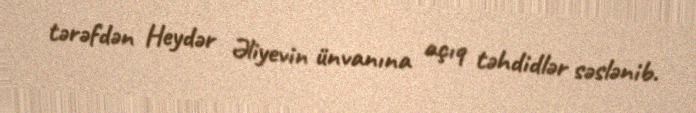
tərəfdən Heydər Əliyevin ünvanına açıq təhdidlər səslənib.